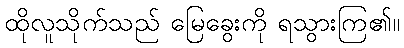
ထိုလူသိုက်သည် မြေခွေးကို ရသွားကြ၏။